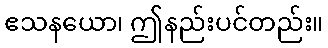
ဧသနယော၊ ဤနည်းပင်တည်း။